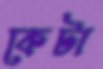
কেটা